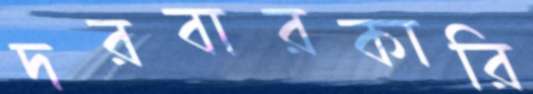
দরবারকারি